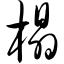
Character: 榻